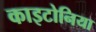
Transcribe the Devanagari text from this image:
काइटोनिया